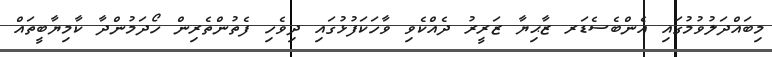
މިބައްދަލުވުމުގައި އެންބެސެޑަރ ޒާޙިޔާ ޒަރީރު ދެއްކެވި ވާހަކަފުޅުގައި ދިވެހި ފެތުންތެރިން ހޯދަމުންދާ ކާމިޔާބީތައް